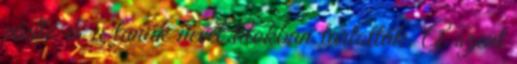
vádló és a tanúk nevét titokban tartották. A szent